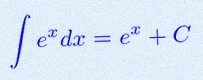
\int e^x dx=e^x+C